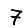
Digit: 7